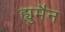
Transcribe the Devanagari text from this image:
ह्युमैन